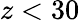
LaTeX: z<30